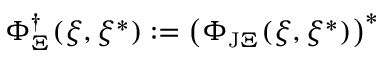
\Phi _ { \Xi } ^ { \dagger } ( \xi , \xi ^ { * } ) : = \left( \Phi _ { \mathrm { J } \Xi } ( \xi , \xi ^ { * } ) \right) ^ { * }